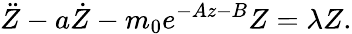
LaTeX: \ddot{Z}-a\dot{Z}-m_{0}e^{-Az-B}Z=\lambda Z.